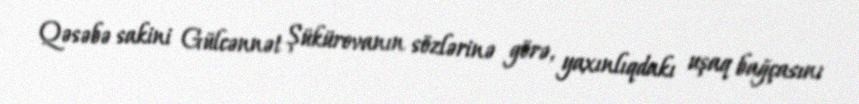
Qəsəbə sakini Gülcənnət Şükürovanın sözlərinə görə, yaxınlıqdakı uşaq bağçasını